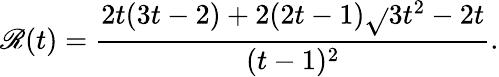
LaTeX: \mathscr{R}(t)=\frac{{2t(3t-2)+2(2t-1)\sqrt{}{{3t^{2}-2t}}}}{{(t-1)^{2}}}.